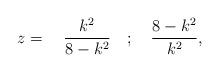
LaTeX: \begin{align*}z=\quad \frac{k^2}{8-k^2}\quad; \quad \frac{8-k^2}{k^2},\end{align*}